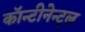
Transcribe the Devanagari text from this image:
कॉन्टीनेन्ट्ल